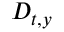
D _ { t , y }